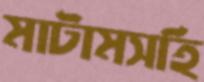
মাটামসহি